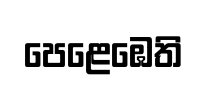
පෙළෙඹෙති